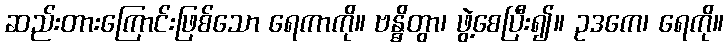
ဆည်းတားကြောင်းဖြစ်သော ရေကာကို။ ဗန္ဓိတွာ၊ ဖွဲ့စေပြီး၍။ ဥဒကေ၊ ရေကို။